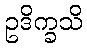
ဥဒိက္ခသိ